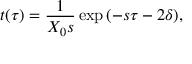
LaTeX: t ( \tau ) = \frac 1 { X _ { 0 } s } \exp { ( - s \tau - 2 \delta ) } ,